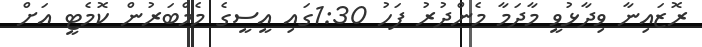
ރޮޒައިނާ ވިދާޅުވީ މާދަމާ މެންދުރު ފަހު 1:30ގައި އީސީގެ މެމްބަރުން ކޮމެޓީ އަށް